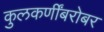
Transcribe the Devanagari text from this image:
कुलकर्णींबरोबर